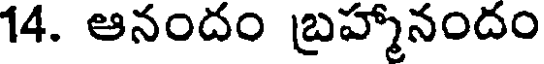
14. ఆనందం బ్రహ్మానందం